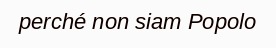
perché non siam Popolo